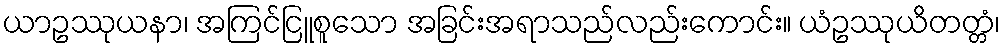
ယာဥဿုယနာ၊ အကြင်ငြူစူသော အခြင်းအရာသည်လည်းကောင်း။ ယံဥဿုယိတတ္တံ၊